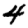
Digit: 4